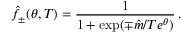
\hat { f } _ { \pm } ( \theta , T ) = \frac { 1 } { 1 + \exp ( \mp \hat { m } / T e ^ { \theta } ) } \, .